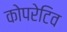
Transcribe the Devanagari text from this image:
कोपरेटिव